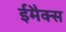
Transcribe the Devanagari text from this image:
ईमैक्स